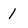
Character: 1